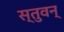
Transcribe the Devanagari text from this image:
स्तुवन्